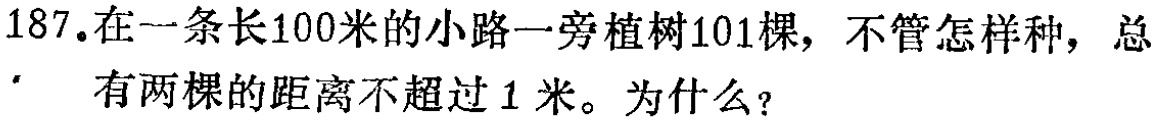
187.在一条长100米的小路一旁植树101棵，不管怎样种，总有两棵的距离不超过 1 米。为什么？